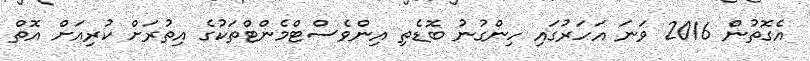
އެގޮތުން 2016 ވަނަ އަހަރުގައި ހިންގުނު ބޮޑެތި އިންވެސްޓްމެންޓްތަކުގެ އިތުރަށް ކުރިއަށް އޮތް